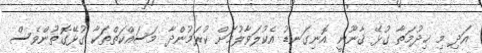
އަދި މި ޚިދުމަތާ ގުޅޭ ޤާނޫނީ އޮނިގަނޑު އެކުލަވާލުމަށް ކުރަމުންދާ މަސައްކަތްތަކާ ގުޅޭގޮތުންވެސް